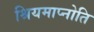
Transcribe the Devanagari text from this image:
श्रियमाप्नोति